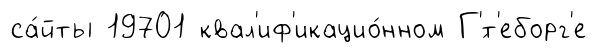
са́йты 19701 квал'иф'икацио́нном Г'́т'еборг'е